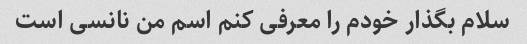
سلام بگذار خودم را معرفی کنم اسم من نانسی است